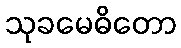
သုခမေဓိတော